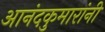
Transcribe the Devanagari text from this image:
आनंदकुमारांनी